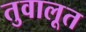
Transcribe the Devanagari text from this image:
तुवालूत